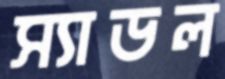
স্যাডল